Plague in India, 1896, 1897 - Volume 3
Year: 1896
Disease focus: Plague
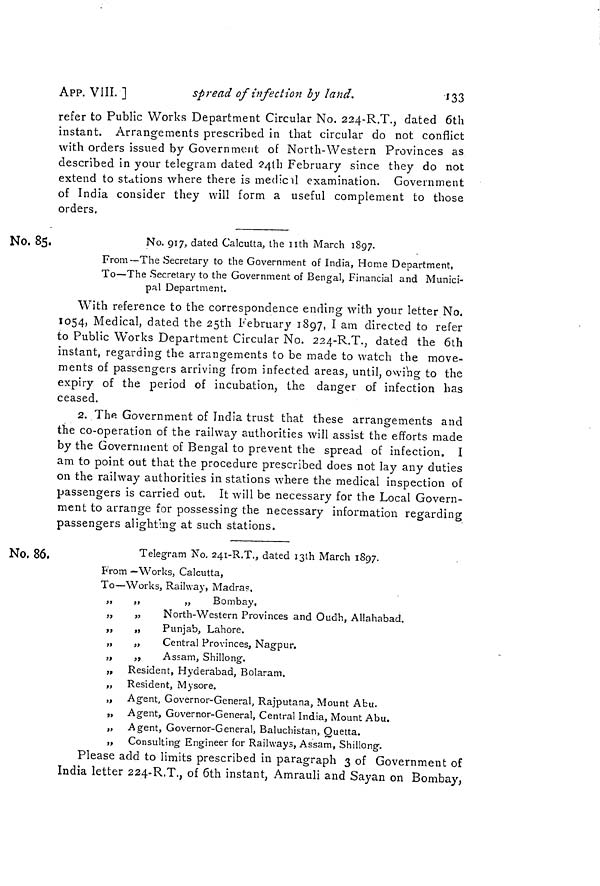
APP. VIII. ]
spread of infection by land.
133
refer to Public Works Department Circular No. 224-R.T., dated 6th
instant. Arrangements prescribed in that circular do not conflict
with orders issued by Government of North-Western Provinces as
described in your telegram dated 241 h February since they do not
extend to stations where there is medic ü examination. Government
of India consider they will form a useful complement to those
orders.
No, 85.
No. 917,, dated Calcutta, the nth March 1897.
From—The Secretary to the Government of India, Home Department,
To—The Secretary to the Government of Bengal, Financial and Munici-
pal Department.
With reference to the correspondence ending with your letter No.
1054, Medical, dated the 25th February 1897, I am directed to refer
to Public Works Department Circular No. 224-R.T., dated the 6th
instant, regarding the arrangements to be made to watch the move-
ments of passengers arriving from infected areas, until, owing to the
expiry of the period of incubation, the danger of infection has
ceased.
2. Thft Government of India trust that these arrangements and
the co-operation of the railway authorities will assist the efforts made
by the Government of Bengal to prevent the spread of infection. I
am to point out that the procedure prescribed does not lay any duties
on the railway authorities in stations where the medical inspection of
passengers is carried out. It will be necessary for the Local Govern-
ment to arrange for possessing the necessary information regarding
passengers alighting at such stations.
No. 86.
Telegram ÏS T o. 24I-R.T., dated I3th March 1897.
From —Works, Calcutta,
To—Works, Railway, Madra?,
„
„
„
Bombay,
„
„
North-Western Provinces and Oudh, Allahabad.
,,
„
Punjab, Lahore.
„
„
Central Provinces, Nagpur.
„
,,
Assam, Shillong.
„ Resident, Hyderabad, Bolaram.
„ Resident, Mysore.
„ Agent, Governor-General, Rajputana, Mount Abu.
„ Agent, Governor-General, Central India, Mount Abu.
„ Agent, Governor-General, Baluchistan, Quetta.
„ Consulting Engineer for Railways, Assam, Shillong.
Please add to limits prescribed in paragraph 3 of Government of
India letter 224-R.T., of 6th instant, Amrauli and Sayan on Bombay,